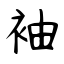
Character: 袖